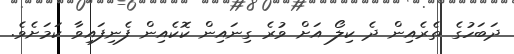
ދަބަހުގެ ތެރެއިން ދެ ކިލޯ އަށް ވުރެ ގިނައިން ކޮކެއިން ފެނިފައިވާ ކަމަށެވެ.